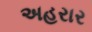
અહરાર